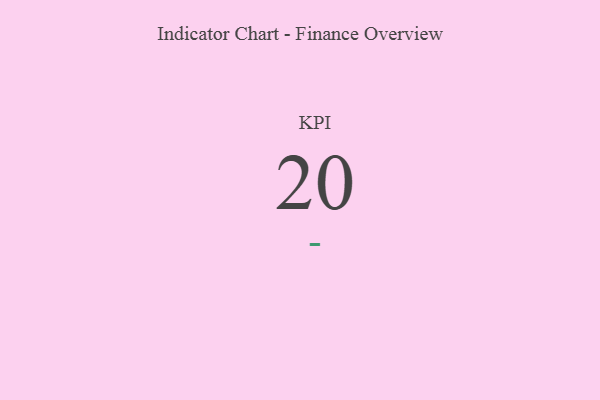
{"axis": {"x": "KPI", "y": "Value"}, "legend": [""], "data": [{"x": "KPI", "y": 20, "type": ""}]}